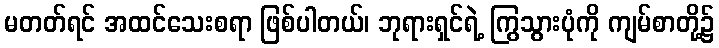
မတတ်ရင် အထင်သေးစရာ ဖြစ်ပါတယ်၊ ဘုရားရှင်ရဲ့ ကြွသွားပုံကို ကျမ်စာတို့၌